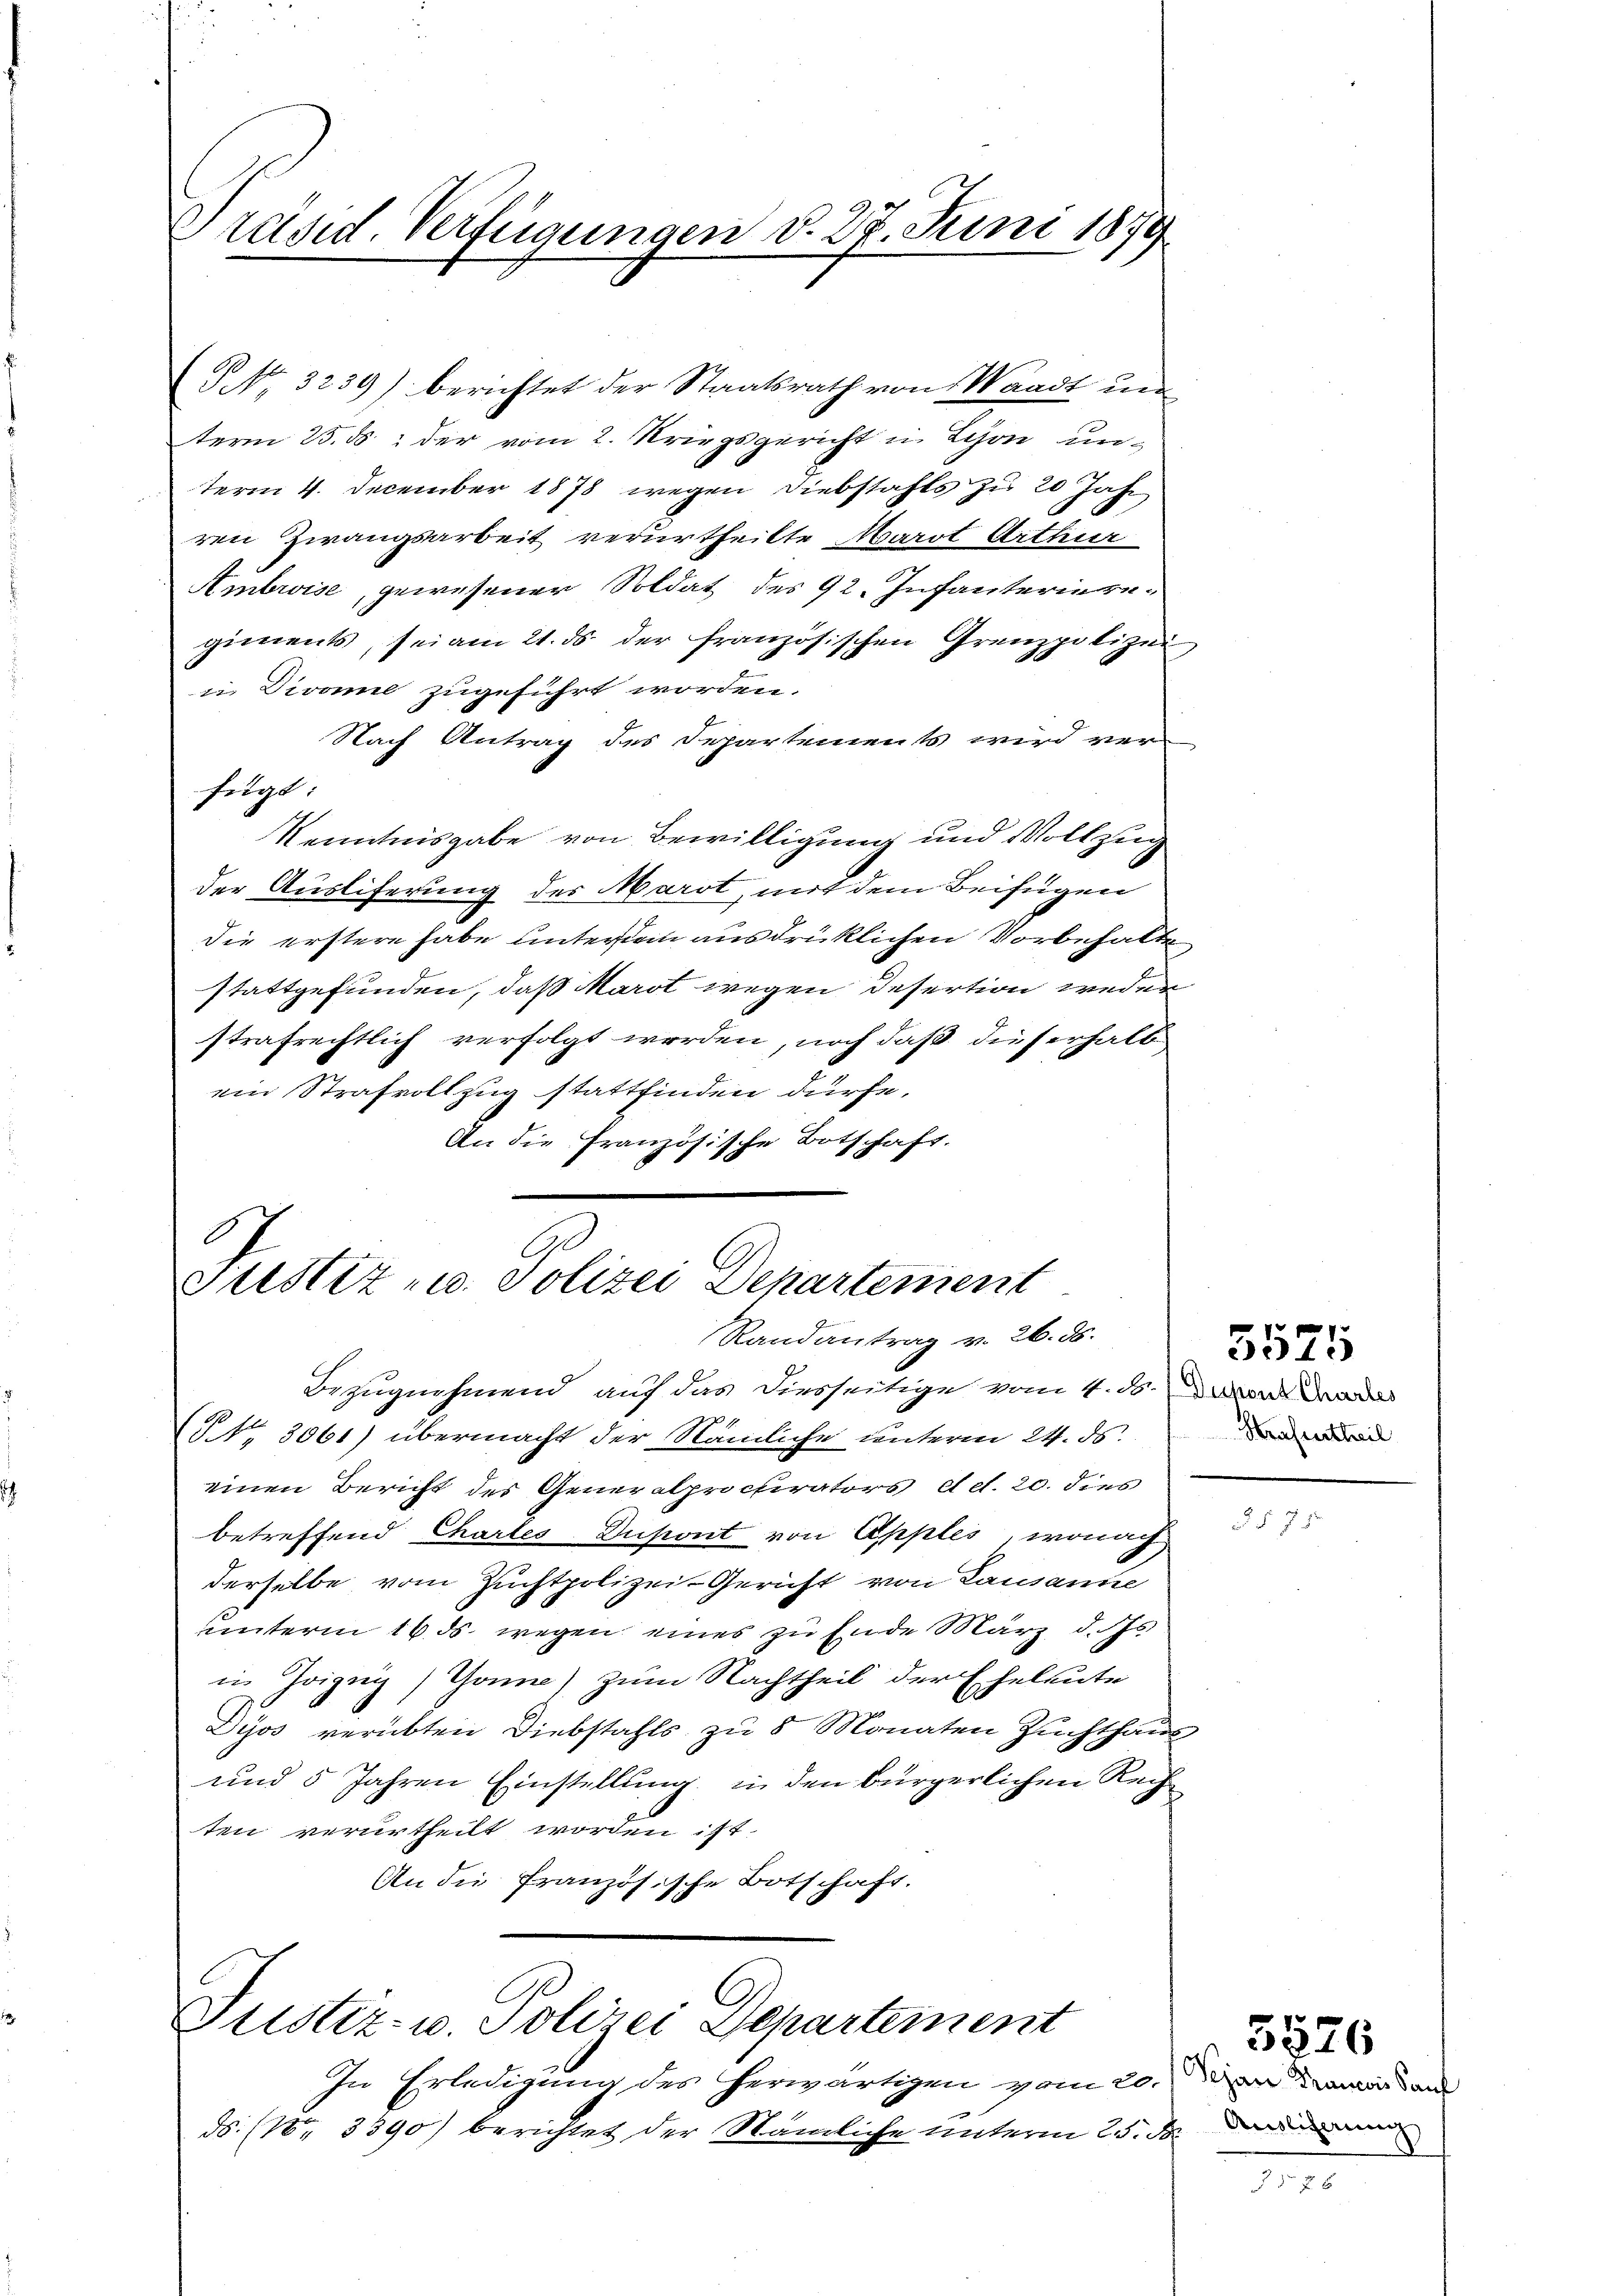
Präsid. Verfügungen d. 27. Juni 1879

No. 3239) berichtet der Staatsrath von Waadt un
term 25. ds. der vom 2. Kriegsgericht in Schon unterm 4. December 1878 wegen Diebstahls zu 20 Jahr
ren Zwangsarbeit verurtheilte Marst Arthur
Ambroise, gewesener Soldat des 92. Infanterieren
giments, sei am 21. ds der französischen Grenzpolizei
 Divomie zugeführt worden.
Nach Antrag des Departements wird verfügt:
Kenntnisgabe von Bewilligung und Vollzug
der Ausliferung des Marot, mit dem Beifügen
die erstere habe untersum ausdrücklichen Vorbehalte
stattgefunden, daß Marot wegen Desertion weder
strafrechtlich verfolgt werden, noch daß dieserhalb
ein Strafvollzug stattfinden dürfe,
An die französische Botschaft.

Bezugnehmend, auf das diesseitige vom 4. ds. man da
5 No 3061) übermacht der Nämliche unterm 24. ds.
einen Bericht des Generalprocurators d. 20. dies
betreffend Chartes Dupont von Apples, wonach
derselbe vom Zuchtpolizei-Gericht von Lausanne
unterm 16. ds. wegen eines zu Ende März d. Js
in Joigug) Gönne) zum Nachtheil der Eheleute
Dyos verübten Diebstahls zu 8 Monaten Zuchthaus
und 5 Jahren Einstellung, in den bürgerlichen Rech
ten verurtheilt worden ist.
An die französische Botschaft.

Ge
Justiz u. Polizei Departement
Randantrag v. 26. ds.

C
Justiz- u. Polizei Departement

ds (1. 3390) berichtet der Nämliche unterm 25. d.

Strafentheil

In Erledigung des herwärtigen vom 20. an dir dam

5525

§§ 75

Ausliferung

5526

f 8